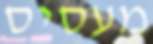
מעסיס